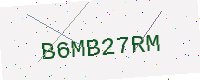
Text: B6MB27RM